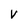
Character: v